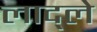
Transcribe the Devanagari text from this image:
लाद्ले